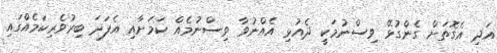
އަދި އެގޮތަށް ގެންގުޅޭ ވިސްނުމަކީ ދެއުޅި އެއްނުވާ ވިސްނުމެއް ކަމަށާއި އެފަދަ ބިރުވެރިކަމެއްގައި